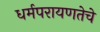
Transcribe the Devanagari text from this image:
धर्मपरायणतेचे